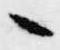
々